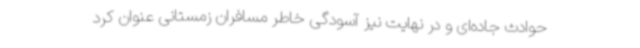
حوادث جاده‌ای و در نهایت نیز آسودگی خاطر مسافران زمستانی عنوان کرد